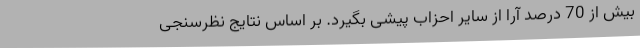
بیش از 70 درصد آرا از سایر احزاب پیشی بگیرد. بر اساس نتایج نظرسنجی